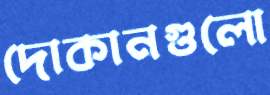
দোকানগুলো